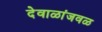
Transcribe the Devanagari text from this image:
देवाळांजवळ